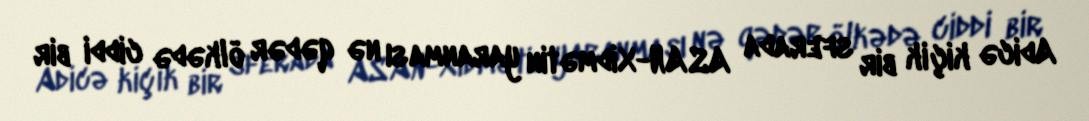
Adicə kiçik bir sferada ASAN-Xidmətin yaranması nə qədər ölkədə ciddi bir